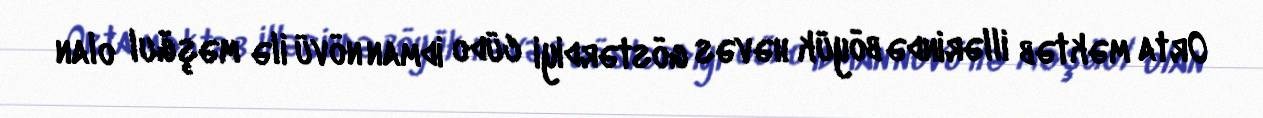
Orta məktəb illərində böyük həvəs göstərdiyi cüdo idman növü ilə məşğul olan